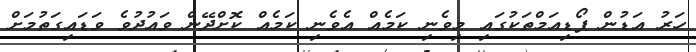
ހަރު އަޑުން ޕޯޑިއަމްތަކުގައި މިވެނި ކަމެއް އެވެނި ކަމެއް ކޮށްދޭން ވައުދުވެ ވަޑައިގަތުމަށް